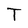
Character: T